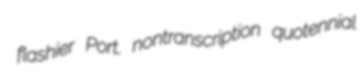
flashier Port. nontranscription quotennial